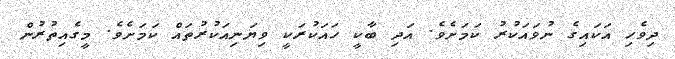
ދިވެހި އަކައިގެ ނުވައަކުރު ކަމަށެވެ. އަދި ބާކީ ހައަކުރަކީ ވިޔަނިއަކުރުތައް ކަމަށެވެ. މީގެއިތުރުން